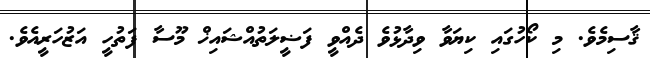
ޤާސިމެވެ. މި ކޯހުގައި ކިޔަވާ ވިދާޅުވެ ދެއްވީ ފަޟީލަތުއްޝައިޚް މޫސާ ފަތުހީ އަޒުހަރީއެވެ.